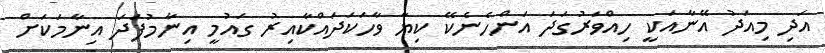
އަދި މިއަދު އޭނާއަކީ ހިއްވަރުގަދަ އަންހެނެކޭ ކިޔާ ވާހަކަދައްކާއިރު ގައުމީ އިނާމުފަދަ އިނާމަކަށް